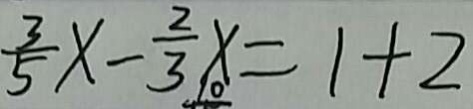
\frac { 3 } { 5 } x - \frac { 2 } { 3 } x = 1 + 2